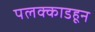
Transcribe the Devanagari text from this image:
पलक्काडहून